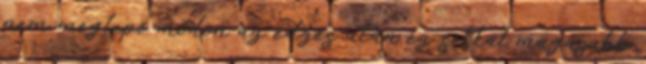
nem meglepő módon az edzés után ez sokkal magasabb